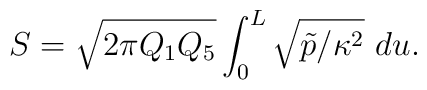
S = \sqrt{2 \pi Q_1 Q_5} \int_0^L \sqrt{\tilde{p}/\kappa^2}\ du.